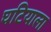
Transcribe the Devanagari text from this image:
घटियाला